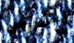
لسيارتك